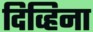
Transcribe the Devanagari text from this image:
दिव्हिना